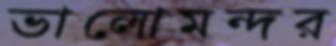
ভালোমন্দর